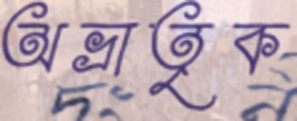
অভ্রাতৃক